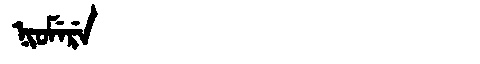
Manchu: ᠨᡳᠣᠮᡝᡵᡝ
Romanization: NIOMERE